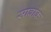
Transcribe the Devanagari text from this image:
सावाक